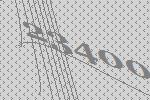
23400